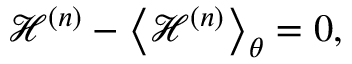
\mathcal { H } ^ { ( n ) } - \left< { \mathcal { H } ^ { ( n ) } } \right> _ { \theta } = 0 ,